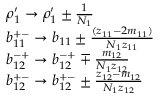
\begin{array} { r l } & { \rho _ { 1 } ^ { \prime } \rightarrow \rho _ { 1 } ^ { \prime } \pm \frac { 1 } { N _ { 1 } } } \\ & { b _ { 1 1 } ^ { + - } \rightarrow b _ { 1 1 } \pm \frac { ( z _ { 1 1 } - 2 m _ { 1 1 } ) } { N _ { 1 } z _ { 1 1 } } } \\ & { b _ { 1 2 } ^ { - + } \rightarrow b _ { 1 2 } ^ { - + } \mp \frac { m _ { 1 2 } } { N _ { 1 } z _ { 1 2 } } } \\ & { b _ { 1 2 } ^ { + - } \rightarrow b _ { 1 2 } ^ { + - } \pm \frac { z _ { 1 2 } - m _ { 1 2 } } { N _ { 1 } z _ { 1 2 } } } \end{array}